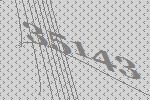
35143